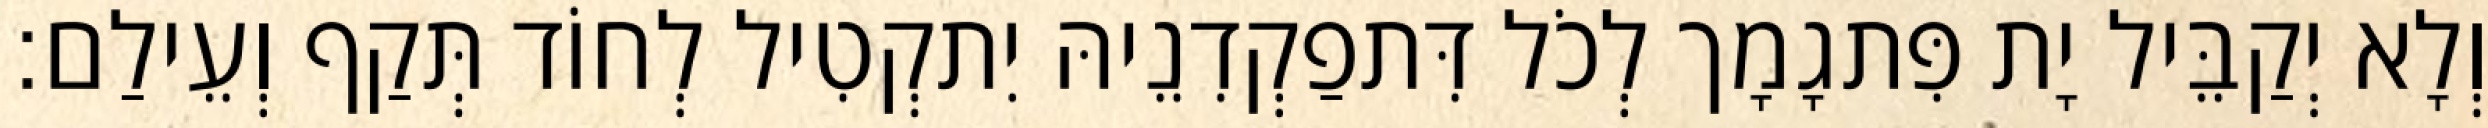
וְלָא יְקַבֵּיל יָת פִּתגָמָך לְכֹל דִּתפַקְדִנֵיהּ יִתקְטִיל לְחוֹד תְּקַף וְעֵילַם׃